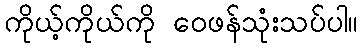
ကိုယ့်ကိုယ်ကို ဝေဖန်သုံးသပ်ပါ။